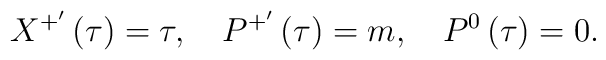
X^{+^{\prime }}\left( \tau \right) =\tau ,\quad P^{+^{\prime }}\left( \tau\right) =m,\quad P^0\left( \tau \right) =0.